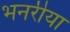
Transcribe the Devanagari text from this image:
भनरीया